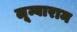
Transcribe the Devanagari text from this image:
लूम्बाराम